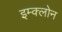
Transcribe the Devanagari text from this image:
इम्‍क्‍लोन